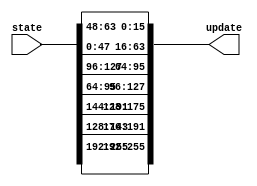
`timescale 1ns / 1ps
module MSKShiftRows #(parameter d=2) (state, update);

parameter W = 8;

(* syn_keep = "true", keep = "true", fv_type = "sharing", fv_latency = 0, fv_count = 128 *) input [d*128-1 : 0] state;
(* syn_keep = "true", keep = "true", fv_type = "sharing", fv_latency = 0, fv_count = 128 *) output [d*128-1 : 0] update;

//ROW 1
assign update [16*d*W - 1 : 12*d*W] = state [16*d*W - 1 : 12*d*W];
//ROW 2
assign update [12*d*W - 1 : 11*d*W] = state [9*d*W - 1 : 8*d*W];
assign update [11*d*W - 1 : 8*d*W] = state [12*d*W - 1 : 9*d*W];
//ROW 3
assign update [8*d*W - 1 : 6*d*W] = state [6*d*W - 1 : 4*d*W];
assign update [6*d*W - 1 : 4*d*W] = state [8*d*W - 1 : 6*d*W];

//ROW 4
assign update [4*d*W - 1 : d*W] = state [3*d*W - 1 : 0];
assign update [d*W - 1 : 0] = state [4*d*W - 1 : 3*d*W];

endmodule